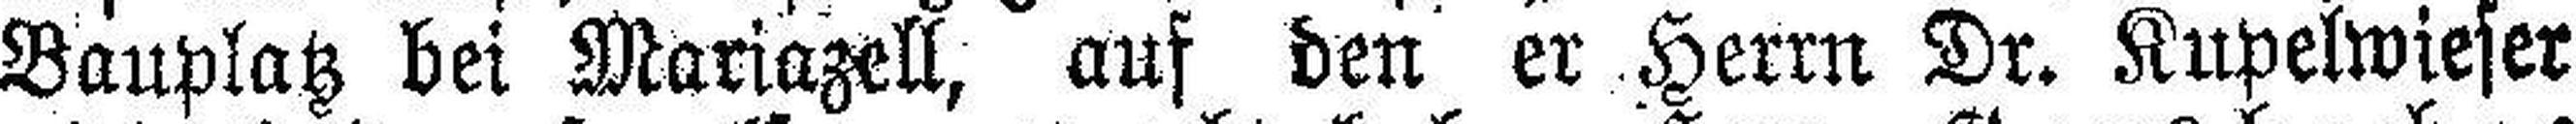
Bauplatz bei Mariazell, auf den er Herrn Dr. Kupelwieser